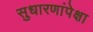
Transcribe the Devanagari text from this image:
सुधारणांपेक्षा